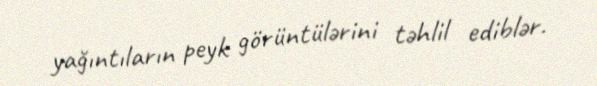
yağıntıların peyk görüntülərini təhlil ediblər.